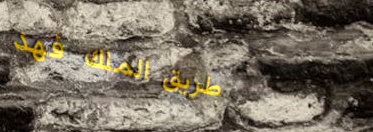
طريق الملك فهد